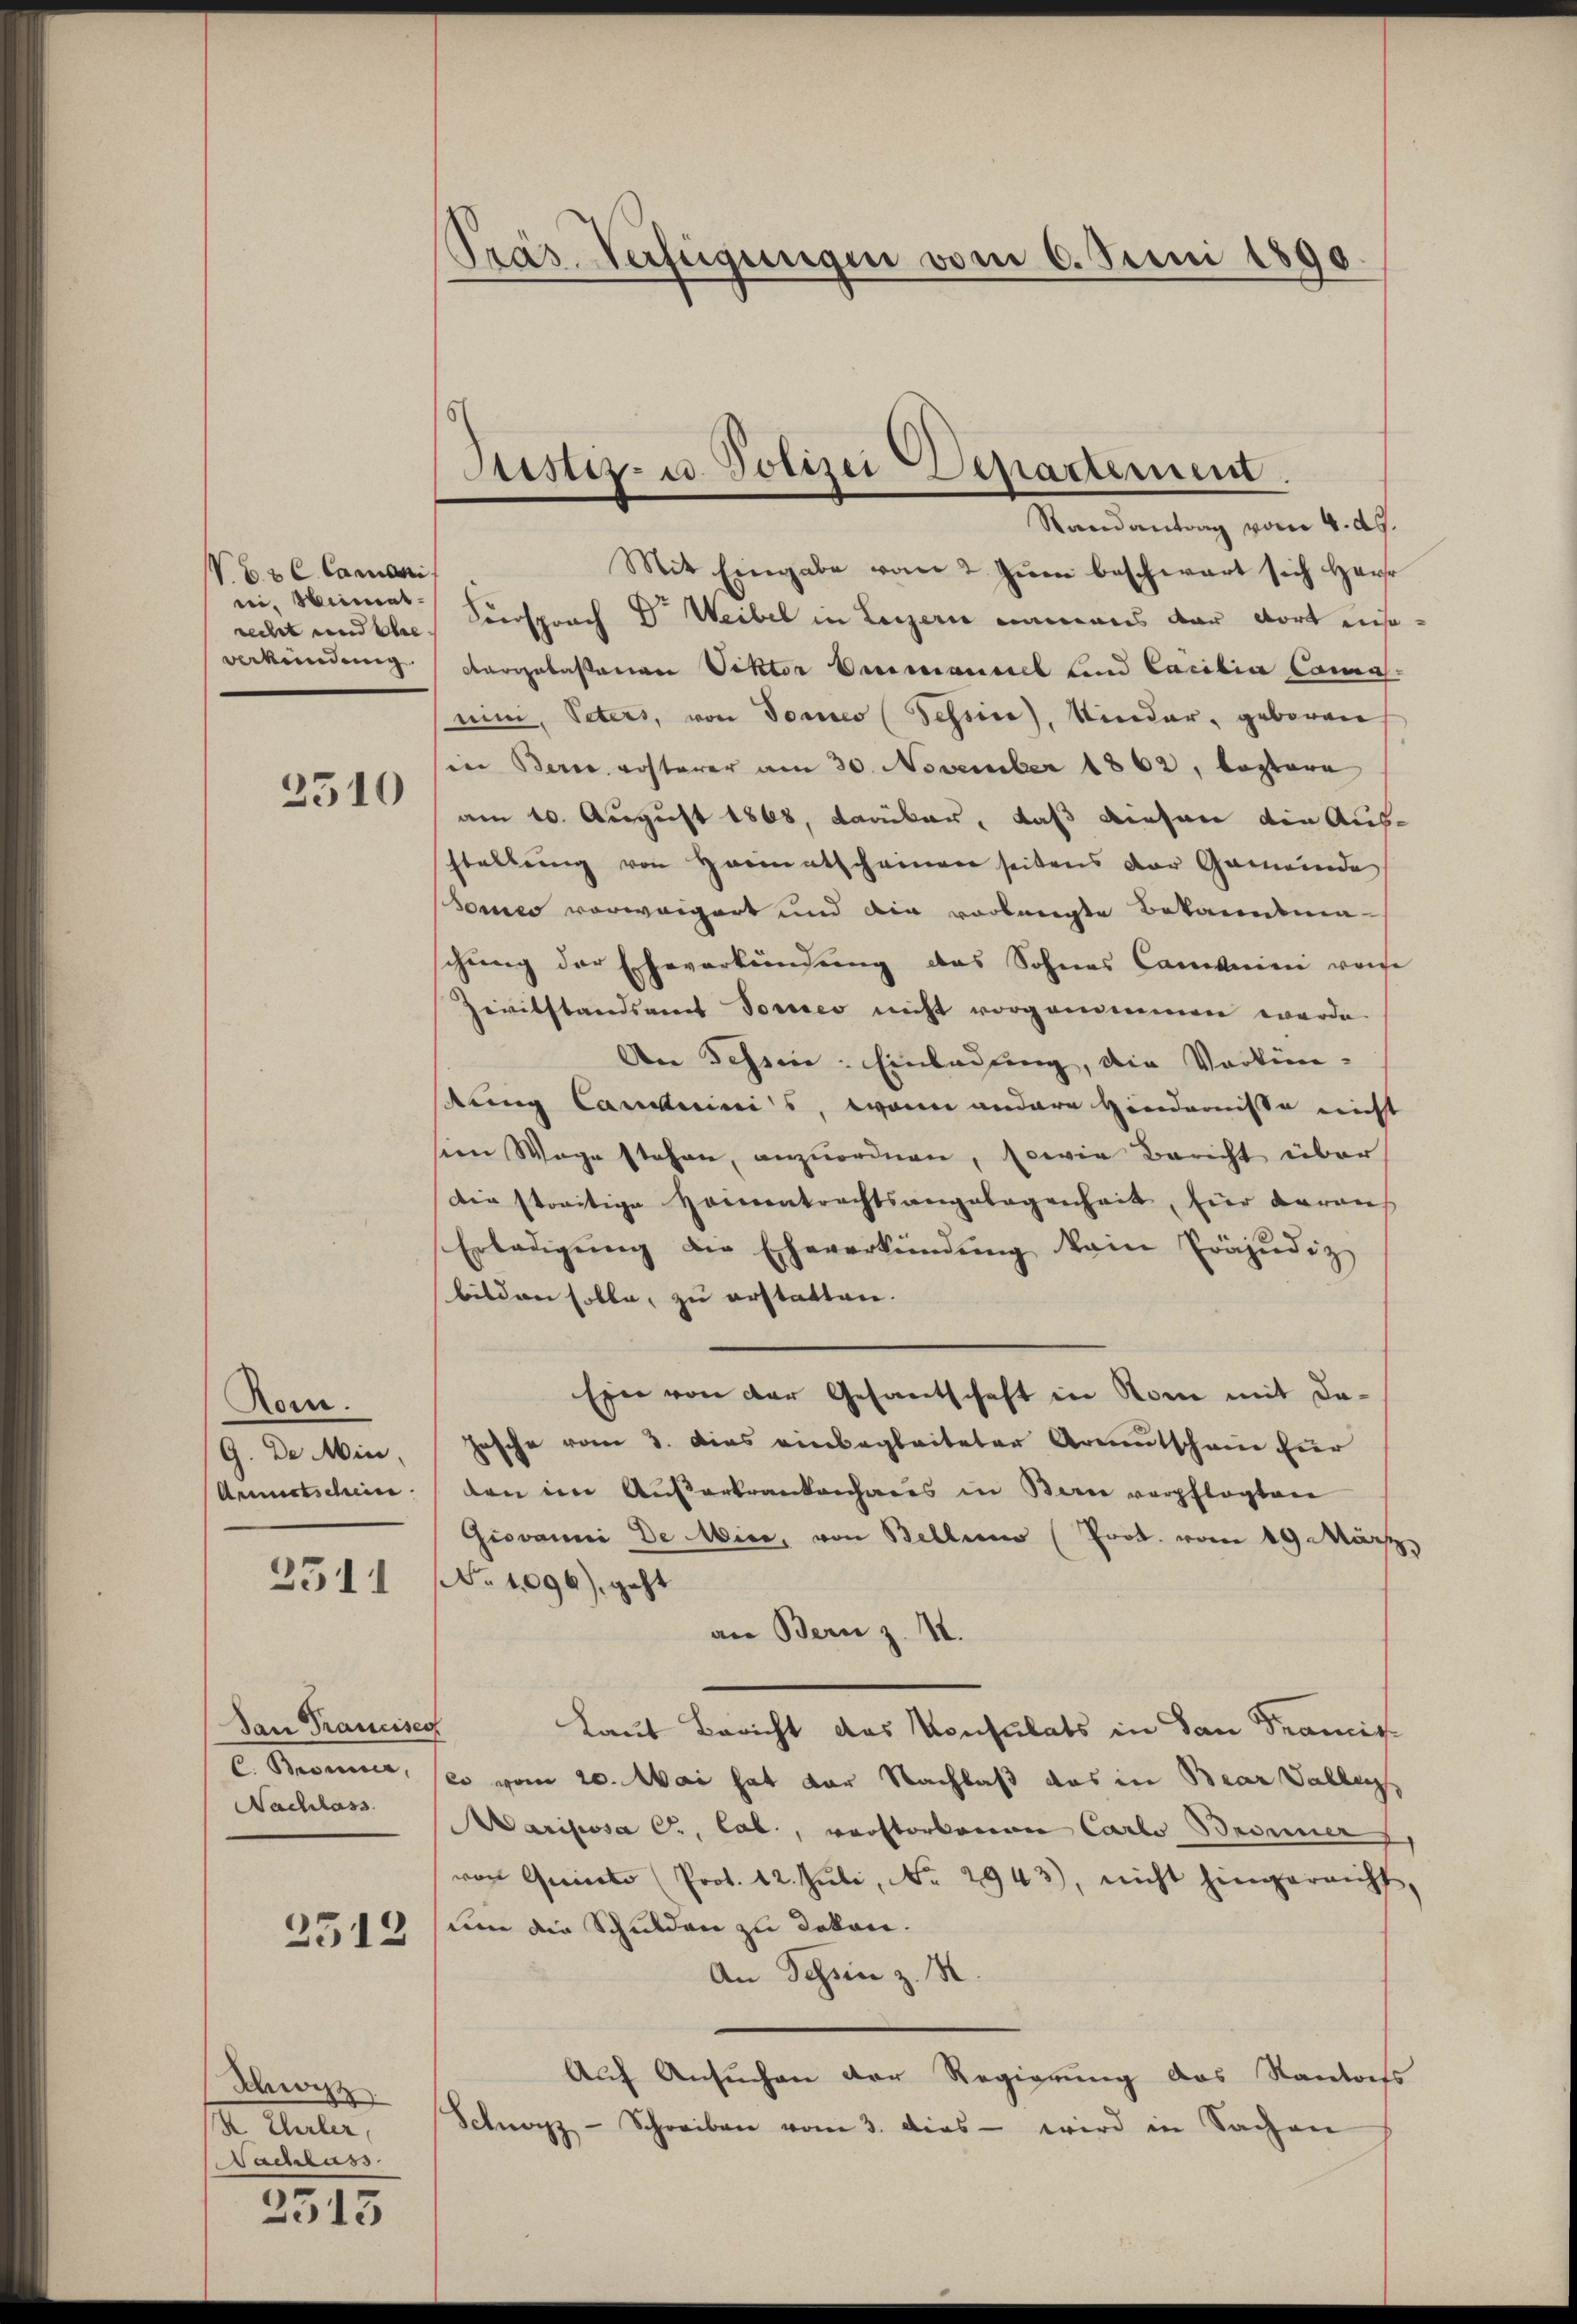
V 6 t l. Canoni
ni, Miniat.

2510

Rom.
G. De Min.
Armirtschein.

2311

Dan Francisco
C. Bronner,
Nachlass

2512

Swizz
½ Ehrler,
Nachlass

3513

Präs. Verfügungen vom 6. Juni 1890.

Mit Eingabe vom 2. Jŭni beschwart sich Herr
recht und klein Versprach Dr Weibel in Luzern einmens der dort insoverkündung dargelassenen Sektor Ermaniel und Cacibia Cama-
nini, Peters, von Tones (Tessin, Kinder, geboren
in Berne ersterer am 30. November 1862, koptere
am 10. August 1868, darüber, daß diesen die Aus-
stellung von Heimatscheiner seitens der Gemeinde
Sonnes vorweigert und die vorlangte Bekanntmaschung der Eheverkündung des Sohnes Cannien von
Zivilstandsamts Vorsies nicht vorgenommen werde
An Schein: Einladung, die Vorkinstung Candinis, wenn andere Hindernisse nicht
sien Wege stehen, anzŭordnen, sowie Bericht über
Die streitige Heimentrachtsangelegenheit, für daran
Erledigŭng die Eheverkündung kein Präjudiz
bilden solle, zu erstatten.
Ein von der Gesantschaft in Rom mit da¬
Jasche vom 3. Dies einbegleiteten Armutschein für
den im Ausserkrankenhaus in Bern verpflegten
Giovanni De Mine, von Bellen (Prot. vom 19. März.
No 1096), geht
an Bern z. 11.
Laut Bericht das Konsulats in San Tramis
eo vom 20. Mai hat der Nachlaß das in Baar Tallen,
ariposa C., Cab., verstorbenen Carlo Brunner
von Gericato (Prot. 12. Jŭli, No 2943), nicht hingarnicht,
um die Schulden zu dekon.
An Schin z. B.
Auf Ansuchen der Regierung des Kantonss
Schnorz - Schreiben vom 3. dies wird in Sachen

Stestiz- u. Polizei Departement.
Randantrag vom 4. ds.